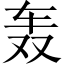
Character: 轰